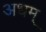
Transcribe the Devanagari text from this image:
अधम्